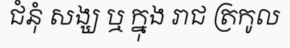
ជំនុំ សង្ឃ ឬ ក្នុង រាជ ត្រកូល